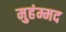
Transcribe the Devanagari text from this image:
मुहंम्मद